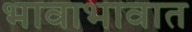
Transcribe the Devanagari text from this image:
भावाभावात